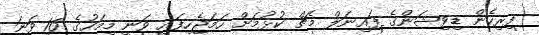
ފިރިހެން ޑިވިޝަންގެ ފައިނަލް މެޗް ކުޅުމަށް ހަމަޖެހިފައި ވަނީ މިމަހުގެ 16 ވަނަ